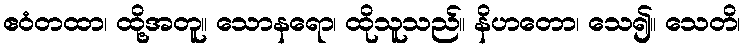
ဧဝံတထာ၊ ထို့အတူ။ သောနရော၊ ထိုသူသည်။ နိဟတော၊ သေ၍။ သေတိ၊